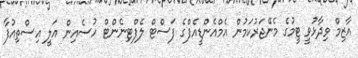
އާޒިމް ވިދާޅުވީ ޓީމުގެ މެނޭޖަރުކަމުން އެމްއެންޑީއެފްގެ ފަސްޓް ލެފްޓިނެންޓް ހުސެއިން އަލީ އިސްތިއުފާ